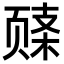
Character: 𬱧